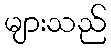
များသည်